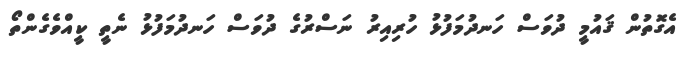
އެގޮތުން ޤައުމީ ދުވަސް ހަނދުމަފުޅު ހުރިއިރު ނަސްރުގެ ދުވަސް ހަނދުމަފުޅު ނެތީ ކީއްވެގެންތޯ